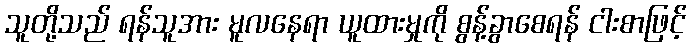
သူတို့သည် ရန်သူအား မူလနေရာ ယူထားမှုကို စွန့်ခွာစေရန် ငါးစာဖြင့်